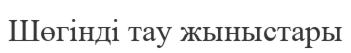
Шөгінді тау жыныстары